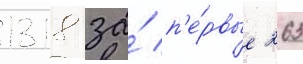
1318 за́ п'е́рвые 263